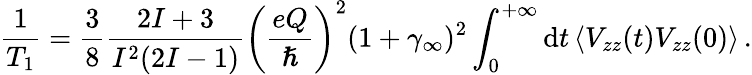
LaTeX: \frac{1}{T_{1}}=\frac{3}{8}\frac{2I+3}{I^{2}(2I-1)}\left(\frac{eQ}{\hslash}\right)^{2}(1+\gamma_{\infty})^{2}\int_{0}^{+\infty}\mathrm{d}t\left\langle V_{zz}(t)V_{zz}(0)\right\rangle\, .